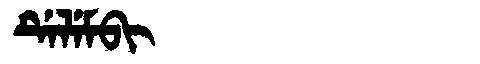
Manchu: ᡩᡝᠯᡝᠮᠪᡳ
Romanization: DELEMBI